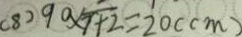
( 8 ) 9 0 \times \frac { 2 } { 7 + 2 } = 2 0 ( c m )